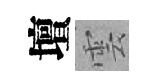
壇雲